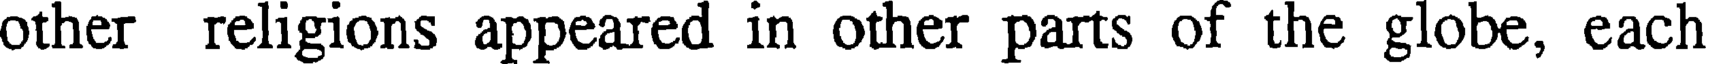
other religions appeared in other parts of the globe, each